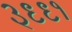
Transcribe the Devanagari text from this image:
३९९१